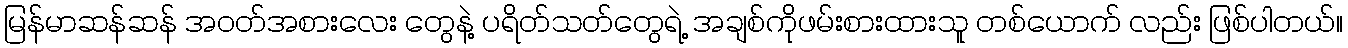
မြန်မာဆန်ဆန် အဝတ်အစားလေး တွေနဲ့ ပရိတ်သတ်တွေရဲ့ အချစ်ကိုဖမ်းစားထားသူ တစ်ယောက် လည်း ဖြစ်ပါတယ်။